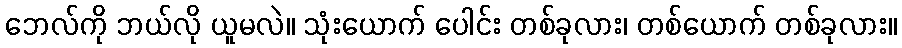
ဘေလ်ကို ဘယ်လို ယူမလဲ။ သုံးယောက် ပေါင်း တစ်ခုလား၊ တစ်ယောက် တစ်ခုလား။